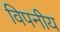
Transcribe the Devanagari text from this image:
विपनीय